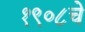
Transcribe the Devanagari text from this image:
१९०८चे